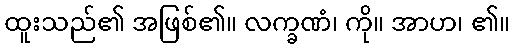
ထူးသည်၏ အဖြစ်၏။ လက္ခဏံ၊ ကို။ အာဟ၊ ၏။